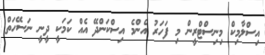
އިސްލާމިކް މިނިސްޓްރީން މި ފަހަރު އެންމެ އިސްކަންދޭ އެއް ކަމަކީ ދީނީ ނަސޭހަތް